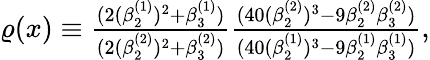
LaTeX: \begin{array}{r}{\varrho(x)\equiv\frac{(2(\beta_{2}^{(1)})^{2}+\beta_{3}^{(1)})}{(2(\beta_{2}^{(2)})^{2}+\beta_{3}^{(2)})}\frac{(40(\beta_{2}^{(2)})^{3}-9\beta_{2}^{(2)}\beta_{3}^{(2)})}{(40(\beta_{2}^{(1)})^{3}-9\beta_{2}^{(1)}\beta_{3}^{(1)})},}\end{array}